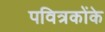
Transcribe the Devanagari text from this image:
पवित्रकोंके